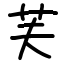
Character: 芙